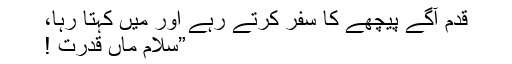
قدم آگے پیچھے کا سفر کرتے رہے اور میں کہتا رہا،
”سلام ماں قدرت !